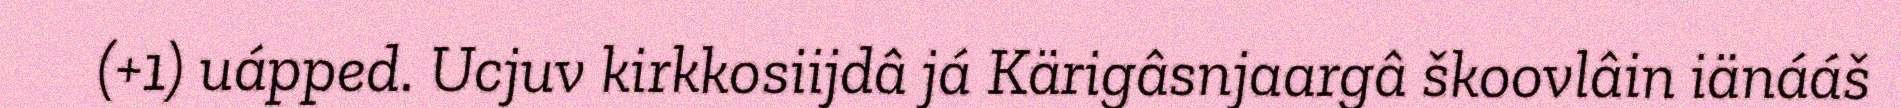
(+1) uápped. Ucjuv kirkkosiijdâ já Kärigâsnjaargâ škoovlâin iänááš